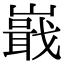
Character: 嶯